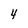
Character: 4